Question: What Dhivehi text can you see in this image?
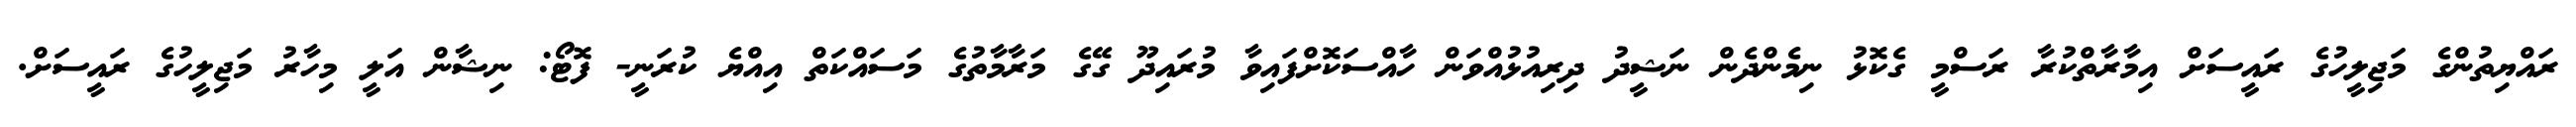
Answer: ރައްޔިތުންގެ މަޖިލީހުގެ ރައީސަށް އިމާރާތްކުރާ ރަސްމީ ގެކޮޅު ނިމެންދެން ނަޝީދު ދިރިއުޅުއްވަން ހާއްސަކޮށްފައިވާ މުރައިދޫ ގޭގެ މަރާމާތުގެ މަސައްކަތް އިއްޔެ ކުރަނީ- ފޮޓޯ: ނިޝާން އަލީ މިހާރު މަޖިލީހުގެ ރައީސަށް.